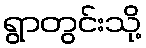
ရွာတွင်းသို့